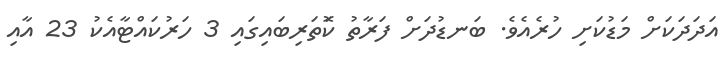
އަދަދަކަށް މަޑުކަށި ހުރެއެވެ. ބަނޑުދަށް ފަރާތު ކޮަތަރިބައިގައި 3 ހަރުކައްޓާއެކު 23 އާއި